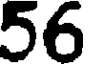
56